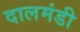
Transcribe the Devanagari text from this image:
दालमंडी